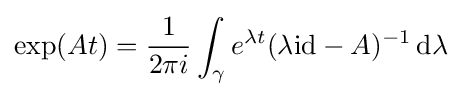
\exp(At)={\frac {1}{2\pi i}}\int _{\gamma }e^{\lambda t}(\lambda \mathrm {id} -A)^{-1}\,\mathrm {d} \lambda